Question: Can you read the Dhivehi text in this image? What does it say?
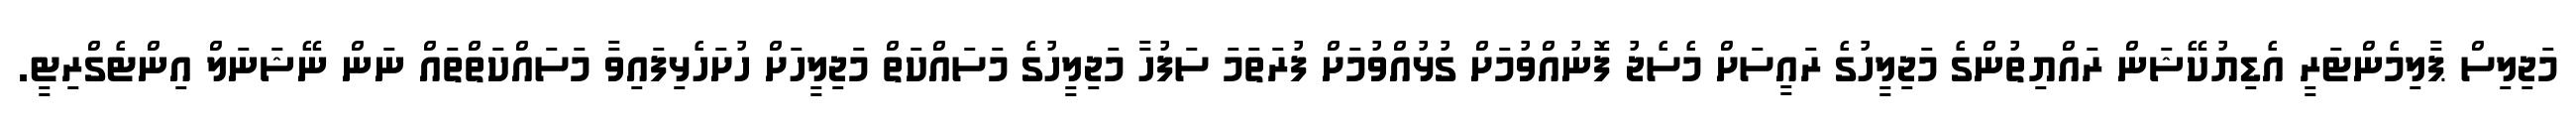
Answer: މަޖިލިސް ޕާލިމެންޓަރީ އެޑިޔުކޭޝަން ރައްޔިތުންގެ މަޖިލީހުގެ ރައީސަށް މެސެޖު ފޮނުއްވުމަށް ގުޅުއްވުމަށް ފުރަތަމަ ސަފުހާ މަޖިލީހުގެ މަސައްކަތް މަޖިލީހަށް ހުށަހެޅިފައިވާ މަސައްކަތްތައް ނަން ނޭޝަނަލް އިންޓެގްރިޓީ.